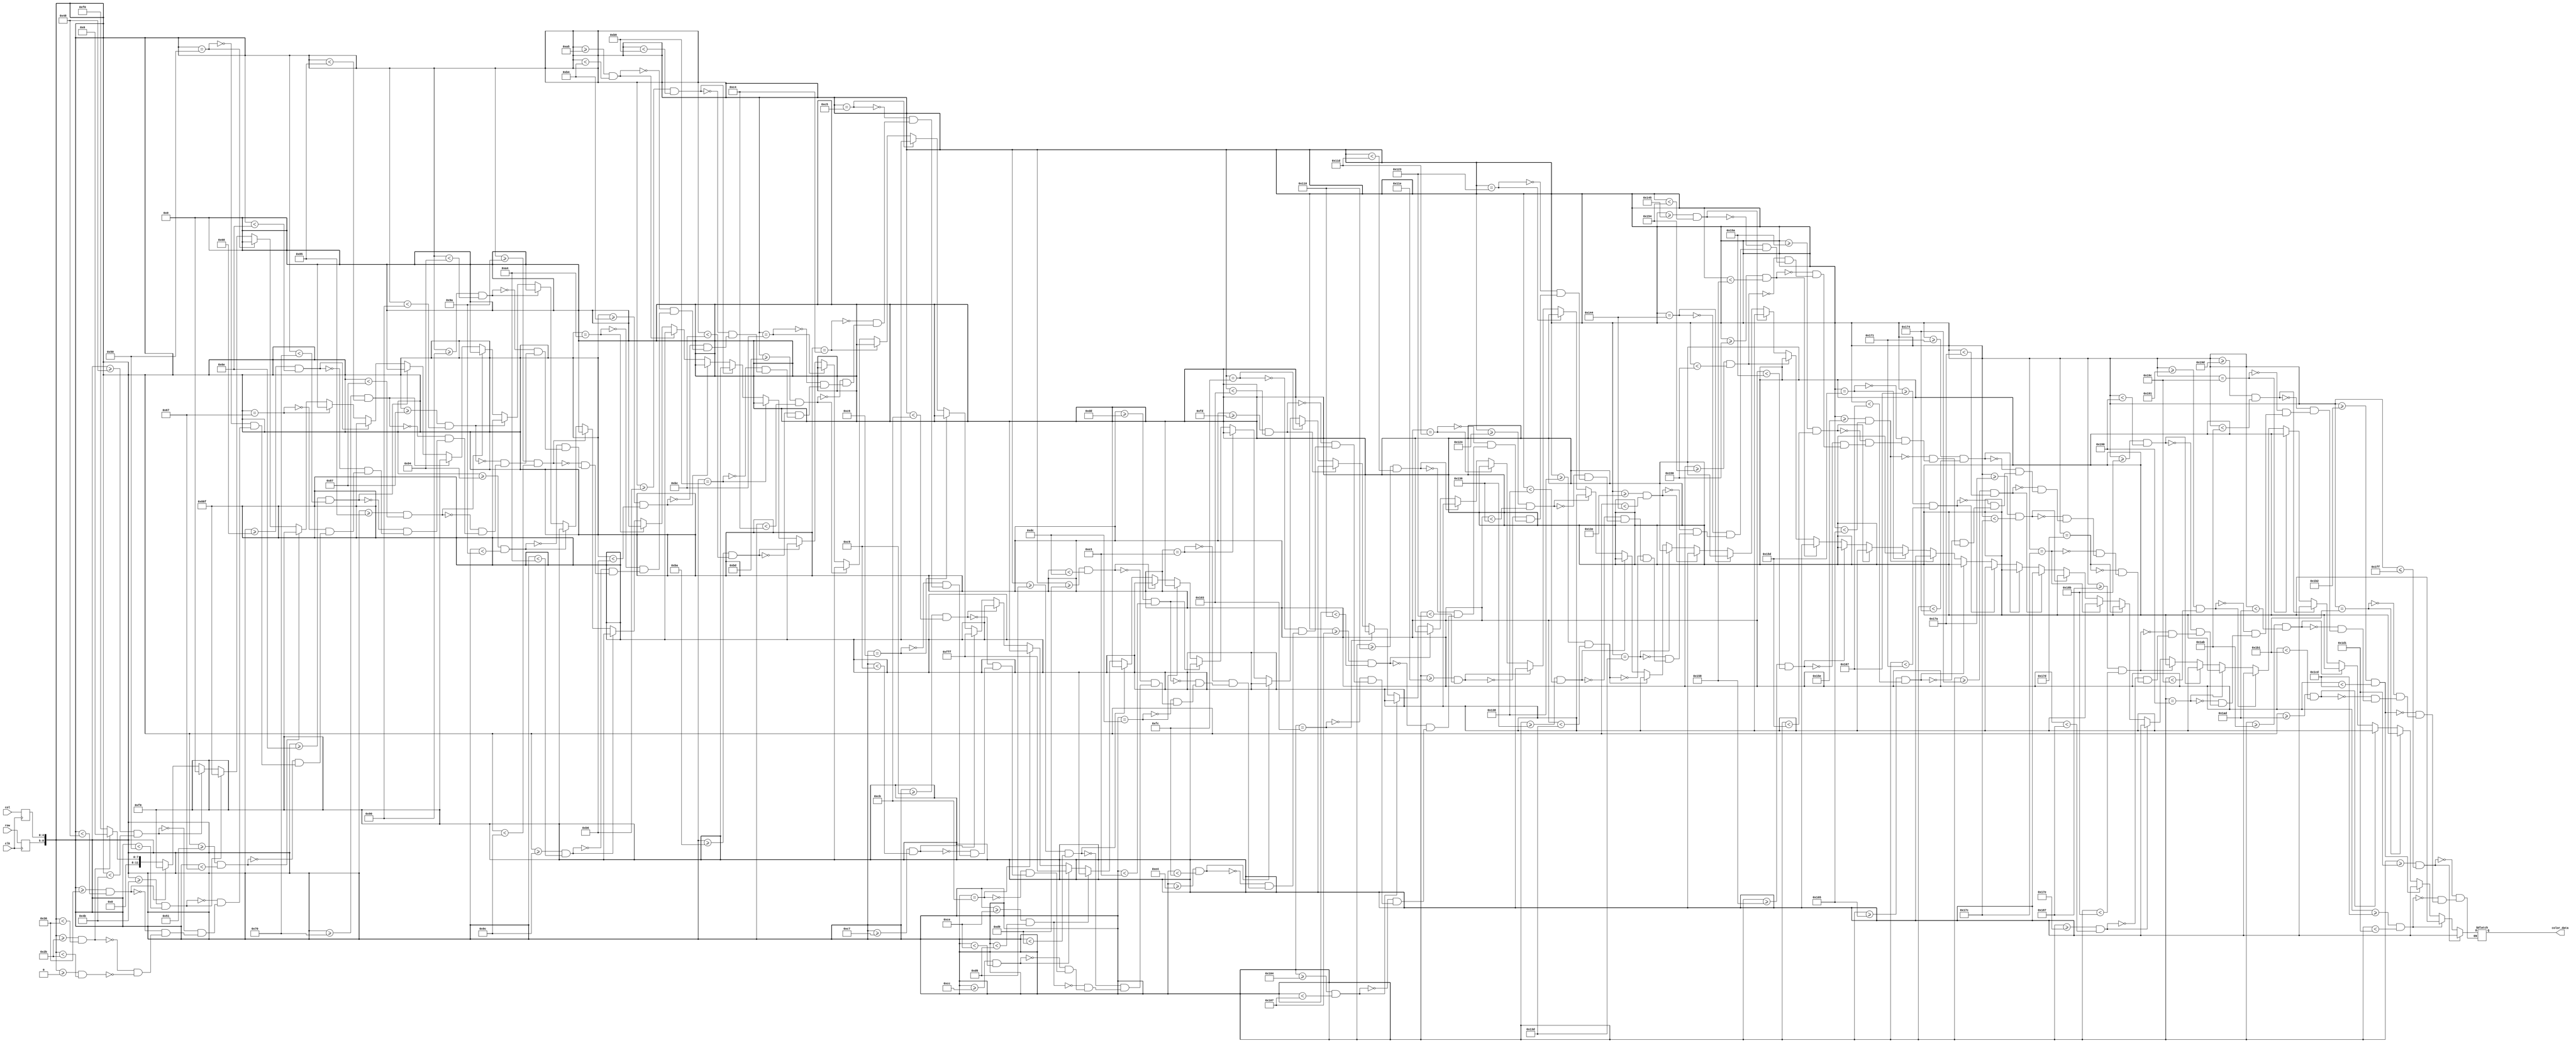
module fastfish1_rom
	(
		input wire clk,
		input wire [3:0] row,
		input wire [4:0] col,
		output reg [11:0] color_data
	);

	(* rom_style = "block" *)

	//signal declaration
	reg [3:0] row_reg;
	reg [4:0] col_reg;

	always @(posedge clk)
		begin
		row_reg <= row;
		col_reg <= col;
		end

	always @(*) begin

		if(({row_reg, col_reg}>=9'b000000000) && ({row_reg, col_reg}<9'b000101011)) color_data = 12'b000011110000;
		if(({row_reg, col_reg}>=9'b000101011) && ({row_reg, col_reg}<9'b000110000)) color_data = 12'b000000000000;

		if(({row_reg, col_reg}>=9'b000110000) && ({row_reg, col_reg}<9'b001001000)) color_data = 12'b000011110000;
		if(({row_reg, col_reg}>=9'b001001000) && ({row_reg, col_reg}<9'b001001011)) color_data = 12'b000000000000;
		if(({row_reg, col_reg}>=9'b001001011) && ({row_reg, col_reg}<9'b001010000)) color_data = 12'b100010001111;
		if(({row_reg, col_reg}==9'b001010000)) color_data = 12'b000000000000;

		if(({row_reg, col_reg}>=9'b001010001) && ({row_reg, col_reg}<9'b001100111)) color_data = 12'b000011110000;
		if(({row_reg, col_reg}==9'b001100111)) color_data = 12'b000000000000;
		if(({row_reg, col_reg}>=9'b001101000) && ({row_reg, col_reg}<9'b001101110)) color_data = 12'b100010001111;
		if(({row_reg, col_reg}>=9'b001101110) && ({row_reg, col_reg}<9'b001110000)) color_data = 12'b000000000000;

		if(({row_reg, col_reg}>=9'b001110000) && ({row_reg, col_reg}<9'b010000101)) color_data = 12'b000011110000;
		if(({row_reg, col_reg}>=9'b010000101) && ({row_reg, col_reg}<9'b010000111)) color_data = 12'b000000000000;
		if(({row_reg, col_reg}>=9'b010000111) && ({row_reg, col_reg}<9'b010010000)) color_data = 12'b100010001111;
		if(({row_reg, col_reg}>=9'b010010000) && ({row_reg, col_reg}<9'b010010100)) color_data = 12'b000000000000;
		if(({row_reg, col_reg}>=9'b010010100) && ({row_reg, col_reg}<9'b010011010)) color_data = 12'b000011110000;
		if(({row_reg, col_reg}>=9'b010011010) && ({row_reg, col_reg}<9'b010011100)) color_data = 12'b000000000000;

		if(({row_reg, col_reg}>=9'b010011100) && ({row_reg, col_reg}<9'b010100100)) color_data = 12'b000011110000;
		if(({row_reg, col_reg}==9'b010100100)) color_data = 12'b000000000000;
		if(({row_reg, col_reg}>=9'b010100101) && ({row_reg, col_reg}<9'b010110100)) color_data = 12'b100010001111;
		if(({row_reg, col_reg}>=9'b010110100) && ({row_reg, col_reg}<9'b010110110)) color_data = 12'b000000000000;
		if(({row_reg, col_reg}>=9'b010110110) && ({row_reg, col_reg}<9'b010111001)) color_data = 12'b000011110000;
		if(({row_reg, col_reg}==9'b010111001)) color_data = 12'b000000000000;
		if(({row_reg, col_reg}>=9'b010111010) && ({row_reg, col_reg}<9'b010111100)) color_data = 12'b100010001111;
		if(({row_reg, col_reg}==9'b010111100)) color_data = 12'b000000000000;

		if(({row_reg, col_reg}>=9'b010111101) && ({row_reg, col_reg}<9'b011000100)) color_data = 12'b000011110000;
		if(({row_reg, col_reg}==9'b011000100)) color_data = 12'b000000000000;
		if(({row_reg, col_reg}==9'b011000101)) color_data = 12'b100010001111;
		if(({row_reg, col_reg}==9'b011000110)) color_data = 12'b000000000000;
		if(({row_reg, col_reg}>=9'b011000111) && ({row_reg, col_reg}<9'b011001001)) color_data = 12'b111111111111;
		if(({row_reg, col_reg}>=9'b011001001) && ({row_reg, col_reg}<9'b011001011)) color_data = 12'b100010001111;
		if(({row_reg, col_reg}==9'b011001011)) color_data = 12'b000000000000;
		if(({row_reg, col_reg}>=9'b011001100) && ({row_reg, col_reg}<9'b011001110)) color_data = 12'b111111111111;
		if(({row_reg, col_reg}>=9'b011001110) && ({row_reg, col_reg}<9'b011010110)) color_data = 12'b100010001111;
		if(({row_reg, col_reg}>=9'b011010110) && ({row_reg, col_reg}<9'b011011001)) color_data = 12'b000000000000;
		if(({row_reg, col_reg}>=9'b011011001) && ({row_reg, col_reg}<9'b011011100)) color_data = 12'b100010001111;
		if(({row_reg, col_reg}==9'b011011100)) color_data = 12'b000000000000;

		if(({row_reg, col_reg}>=9'b011011101) && ({row_reg, col_reg}<9'b011100011)) color_data = 12'b000011110000;
		if(({row_reg, col_reg}==9'b011100011)) color_data = 12'b000000000000;
		if(({row_reg, col_reg}>=9'b011100100) && ({row_reg, col_reg}<9'b011111100)) color_data = 12'b100010001111;
		if(({row_reg, col_reg}==9'b011111100)) color_data = 12'b000000000000;

		if(({row_reg, col_reg}>=9'b011111101) && ({row_reg, col_reg}<9'b100000011)) color_data = 12'b000011110000;
		if(({row_reg, col_reg}==9'b100000011)) color_data = 12'b000000000000;
		if(({row_reg, col_reg}>=9'b100000100) && ({row_reg, col_reg}<9'b100000111)) color_data = 12'b100010001111;
		if(({row_reg, col_reg}>=9'b100000111) && ({row_reg, col_reg}<9'b100010000)) color_data = 12'b000000000000;
		if(({row_reg, col_reg}>=9'b100010000) && ({row_reg, col_reg}<9'b100011101)) color_data = 12'b100010001111;
		if(({row_reg, col_reg}==9'b100011101)) color_data = 12'b000000000000;

		if(({row_reg, col_reg}>=9'b100011110) && ({row_reg, col_reg}<9'b100100011)) color_data = 12'b000011110000;
		if(({row_reg, col_reg}==9'b100100011)) color_data = 12'b000000000000;
		if(({row_reg, col_reg}>=9'b100100100) && ({row_reg, col_reg}<9'b100110110)) color_data = 12'b100010001111;
		if(({row_reg, col_reg}>=9'b100110110) && ({row_reg, col_reg}<9'b100111000)) color_data = 12'b000000000000;
		if(({row_reg, col_reg}>=9'b100111000) && ({row_reg, col_reg}<9'b100111101)) color_data = 12'b100010001111;
		if(({row_reg, col_reg}==9'b100111101)) color_data = 12'b000000000000;

		if(({row_reg, col_reg}>=9'b100111110) && ({row_reg, col_reg}<9'b101000100)) color_data = 12'b000011110000;
		if(({row_reg, col_reg}==9'b101000100)) color_data = 12'b000000000000;
		if(({row_reg, col_reg}>=9'b101000101) && ({row_reg, col_reg}<9'b101010100)) color_data = 12'b100010001111;
		if(({row_reg, col_reg}>=9'b101010100) && ({row_reg, col_reg}<9'b101010110)) color_data = 12'b000000000000;
		if(({row_reg, col_reg}>=9'b101010110) && ({row_reg, col_reg}<9'b101011000)) color_data = 12'b000011110000;
		if(({row_reg, col_reg}>=9'b101011000) && ({row_reg, col_reg}<9'b101011010)) color_data = 12'b000000000000;
		if(({row_reg, col_reg}>=9'b101011010) && ({row_reg, col_reg}<9'b101011101)) color_data = 12'b100010001111;
		if(({row_reg, col_reg}==9'b101011101)) color_data = 12'b000000000000;

		if(({row_reg, col_reg}>=9'b101011110) && ({row_reg, col_reg}<9'b101100101)) color_data = 12'b000011110000;
		if(({row_reg, col_reg}>=9'b101100101) && ({row_reg, col_reg}<9'b101100111)) color_data = 12'b000000000000;
		if(({row_reg, col_reg}>=9'b101100111) && ({row_reg, col_reg}<9'b101110001)) color_data = 12'b100010001111;
		if(({row_reg, col_reg}>=9'b101110001) && ({row_reg, col_reg}<9'b101110100)) color_data = 12'b000000000000;
		if(({row_reg, col_reg}>=9'b101110100) && ({row_reg, col_reg}<9'b101111010)) color_data = 12'b000011110000;
		if(({row_reg, col_reg}>=9'b101111010) && ({row_reg, col_reg}<9'b101111100)) color_data = 12'b000000000000;
		if(({row_reg, col_reg}==9'b101111100)) color_data = 12'b100010001111;
		if(({row_reg, col_reg}==9'b101111101)) color_data = 12'b000000000000;

		if(({row_reg, col_reg}>=9'b101111110) && ({row_reg, col_reg}<9'b110000111)) color_data = 12'b000011110000;
		if(({row_reg, col_reg}>=9'b110000111) && ({row_reg, col_reg}<9'b110001011)) color_data = 12'b000000000000;
		if(({row_reg, col_reg}>=9'b110001011) && ({row_reg, col_reg}<9'b110010000)) color_data = 12'b100010001111;
		if(({row_reg, col_reg}==9'b110010000)) color_data = 12'b000000000000;
		if(({row_reg, col_reg}>=9'b110010001) && ({row_reg, col_reg}<9'b110011100)) color_data = 12'b000011110000;
		if(({row_reg, col_reg}==9'b110011100)) color_data = 12'b000000000000;

		if(({row_reg, col_reg}>=9'b110011101) && ({row_reg, col_reg}<9'b110101011)) color_data = 12'b000011110000;
		if(({row_reg, col_reg}>=9'b110101011) && ({row_reg, col_reg}<9'b110101101)) color_data = 12'b000000000000;
		if(({row_reg, col_reg}>=9'b110101101) && ({row_reg, col_reg}<9'b110110001)) color_data = 12'b100010001111;
		if(({row_reg, col_reg}==9'b110110001)) color_data = 12'b000000000000;

		if(({row_reg, col_reg}>=9'b110110010) && ({row_reg, col_reg}<9'b111001101)) color_data = 12'b000011110000;
		if(({row_reg, col_reg}>=9'b111001101) && ({row_reg, col_reg}<9'b111010001)) color_data = 12'b000000000000;


		if(({row_reg, col_reg}>=9'b111010001) && ({row_reg, col_reg}<=9'b111111111)) color_data = 12'b000011110000;
	end
endmodule